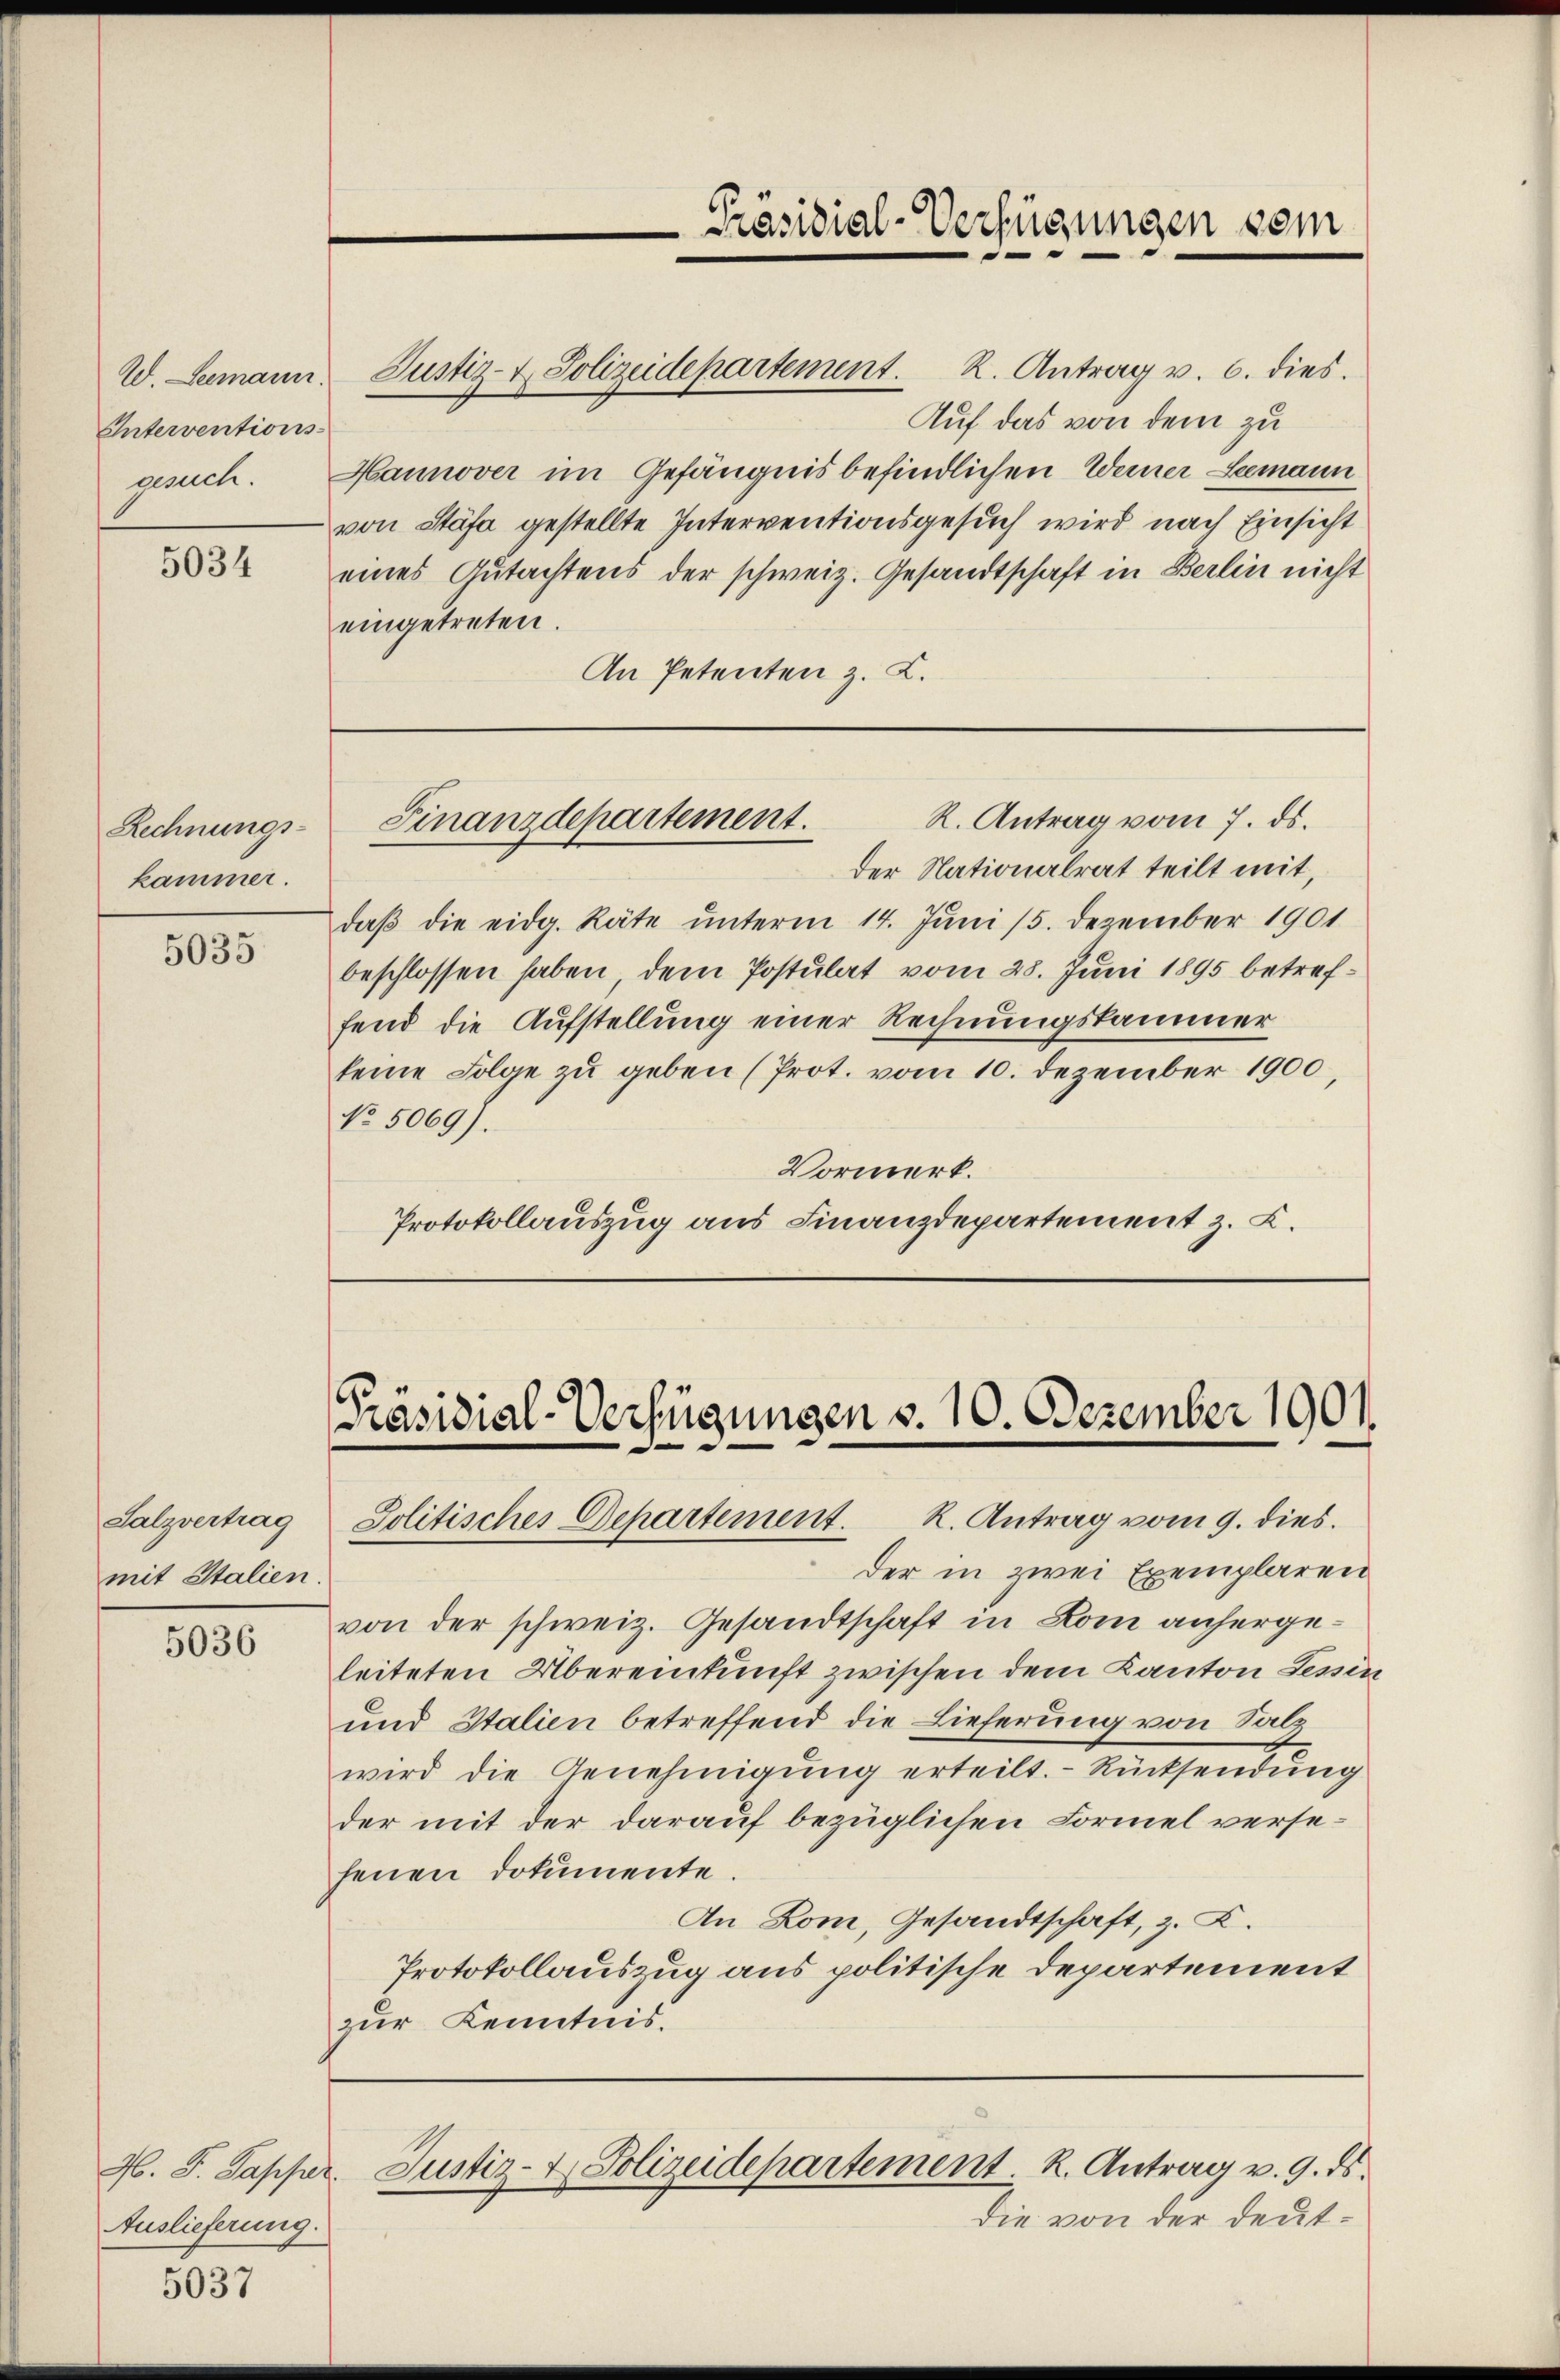
W. Leemann.
Interventions-
gemüt.

5034

Rechnungs-
kammer.

5035

Salzvertrag
mit Stalien.

5036

Auslieferung.

5037

Justiz- & Polizeidepartement. R. Antrag v. 6. dies.

Auf das von dem zu
Hannover im Gefängnis befindlichen Werner Leemann
von Stäfa gestellte Interventionsgesuch wird nach Einsicht
eines Gutachtens der schweiz. Gesandtschaft in Berlin nicht
eingetreten.
An Petenten z. K.

der Nationalrat teilt mit,
daβ die eidg. Räte ŭnterm 14. Jŭni 15. Dezember 1901
beschlossen haben, dem Postulat vom 28. Juni 1895 betreffend die Aufstellung einer Rechnungskammer
keine Folge zŭ geben (Prot. vom 10. Dezember 1900,
No. 5069).
Vormerk.
Protokollauszug aus Finanzdepartement z. B.

Präsidial-Verfügungen dem
—

R. Antrag vom 7. ds.
Finanzdepartement.

Präsidial-Verfügungen v. 10. Dezember 1901.
Jolitisches Departement. K. Antrag vom 9. dies

der in zwei Exemplaren
von der schweiz. Gesandtschaft in Rom anhergeleiteten Übereinkunft zwischen dem Kanton Tessin
und Stalien betreffend die Lieferung von Sag
wird die Genehmigŭng erteilt.- Rücksendung
der mit der darauf bezüglichen Formel versehenen Dokumente.
An Dom, Gesandtschaft, z. Z.
Protokollauszug aus politische Departement
zur Kenntnis.

N. F. Papper. Justiz- & Polizeidepartement. K. Antrag v. 9. ds.

die von der deut¬